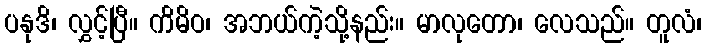
ပနုဒိ၊ လွှင့်ပြီ။ ကိမိဝ၊ အဘယ်ကဲ့သို့နည်း။ မာလုတော၊ လေသည်။ တူလံ၊